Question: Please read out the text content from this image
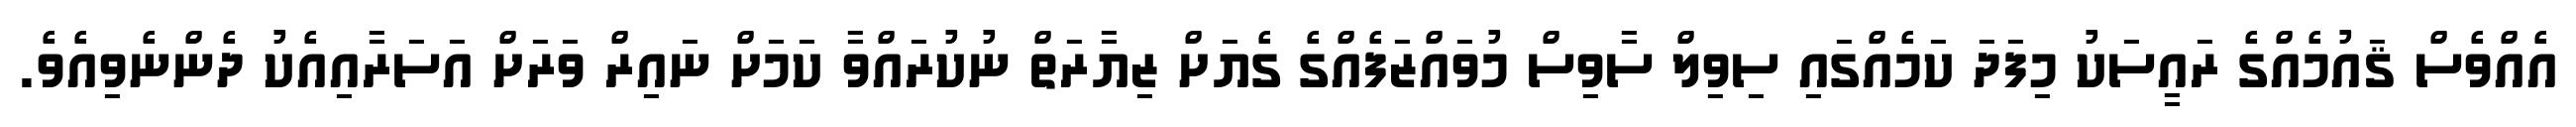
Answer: އެއްވެސް ޤައުމެއްގެ ރައީސަކު މިފަދަ ކަމެއްގައި ސިވިލް ސާވިސް މުވައްޒަފެއްގެ ގެޔަށް ޒިޔާރަތް ނުކުރައްވާ ކަމަށް ނައިރް ވަރަށް އަސަރާއިއެކު ދެންނެވިއެވެ.